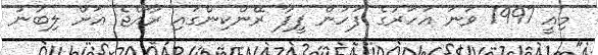
މިއީ 1997 ވަނަ އަހަރުގެ ފަހުން ފީފާ ރޭންކިންގައި ރާއްޖެ އަށް ލިބުނު